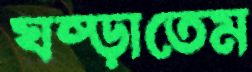
ঘষ্‌ড়াতেম